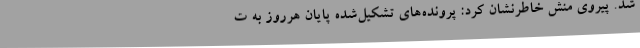
شد. پیروی منش خاطرنشان کرد: پرونده‌های تشکیل‌شده پایان هرروز به ت